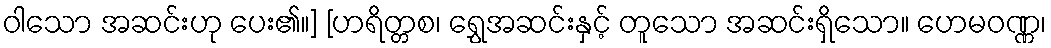
ဝါသော အဆင်းဟု ပေး၏။] [ဟရိတ္တစ၊ ရွှေအဆင်းနှင့် တူသော အဆင်းရှိသော။ ဟေမဝဏ္ဏ၊